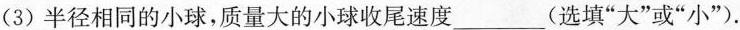
(3)半径相同的小球，质量大的小球收尾速度___(选填”大”或”小”)。